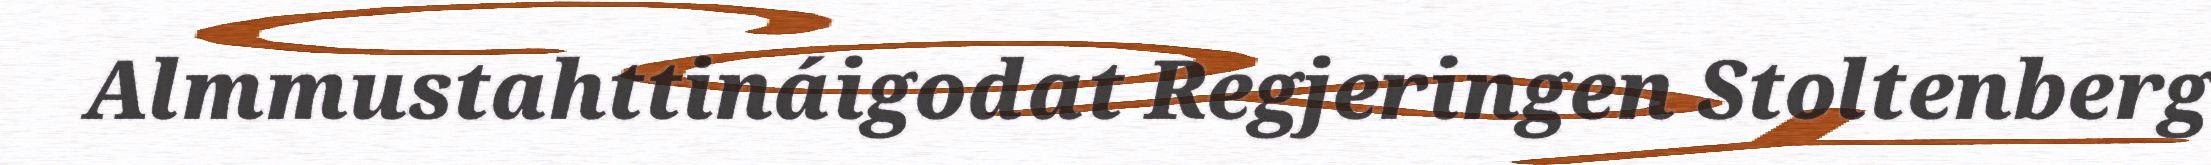
Almmustahttináigodat Regjeringen Stoltenberg